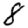
Digit: 8